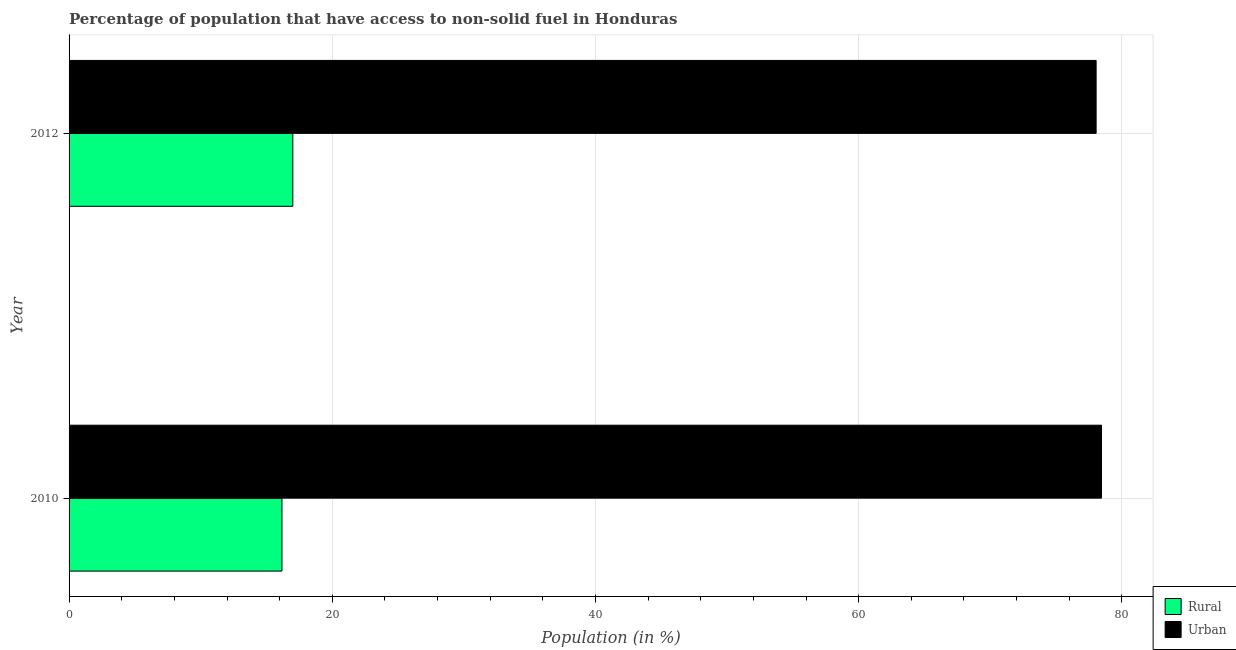
| Year | Rural | Urban |
 | --- | --- | --- |
 | 2010 | 16.2 | 78.5 |
 | 2012 | 17 | 78 |